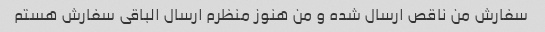
سفارش من ناقص ارسال شده و من هنوز منظرم ارسال الباقی سفارش هستم